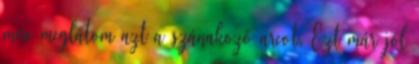
mire meglátom azt a szánakozó arcot. Ezt már jól